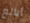
أبالغ